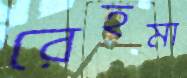
রেহমা